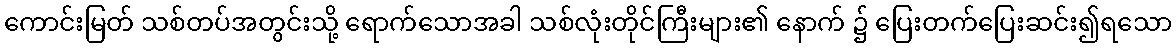
ကောင်းမြတ် သစ်တပ်အတွင်းသို့ ရောက်သောအခါ သစ်လုံးတိုင်ကြီးများ၏ နောက် ၌ ပြေးတက်ပြေးဆင်း၍ရသော